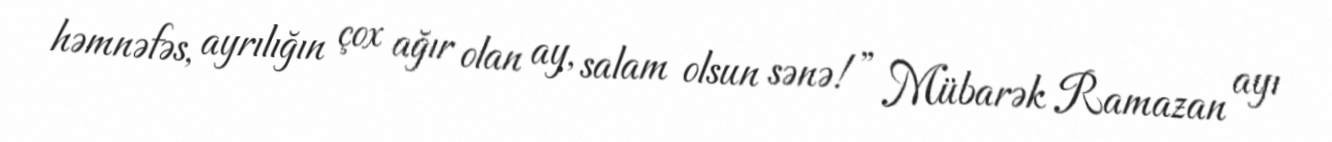
həmnəfəs, ayrılığın çox ağır olan ay, salam olsun sənə!” Mübarək Ramazan ayı